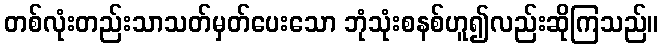
တစ်လုံးတည်းသာသတ်မှတ်ပေးသော ဘုံသုံးစနစ်ဟူ၍လည်းဆိုကြသည်။